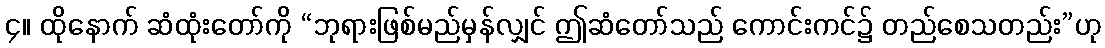
၄။ ထိုနောက် ဆံထုံးတော်ကို “ဘုရားဖြစ်မည်မှန်လျှင် ဤဆံတော်သည် ကောင်းကင်၌ တည်စေသတည်း”ဟု